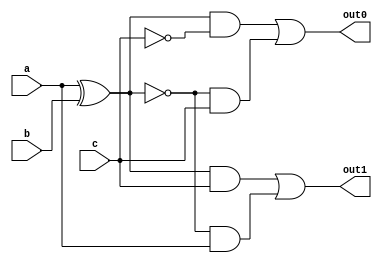
module ip_tree
    #(parameter P_SIZE = 16)
    (
    input [P_SIZE-1:0] a,
    input [P_SIZE-1:0] b,
    input [P_SIZE-1:0] c,
    output [P_SIZE-1:0] out0,
    output [P_SIZE-1:0] out1
    );

    assign out0 = ((a ^ b) & ~c) | (~(a ^ b) & c);
    assign out1 = ((a ^ b) & c) | (~(a ^ b) & a);

endmodule